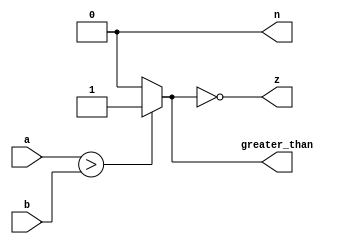
module rel_greater_than (input[31:0] a,b,output reg greater_than,n,z);
 always @(a,b)
   begin
    greater_than=(a>b)?1:0;
    n=0;
    z=!greater_than;
    
   end
endmodule